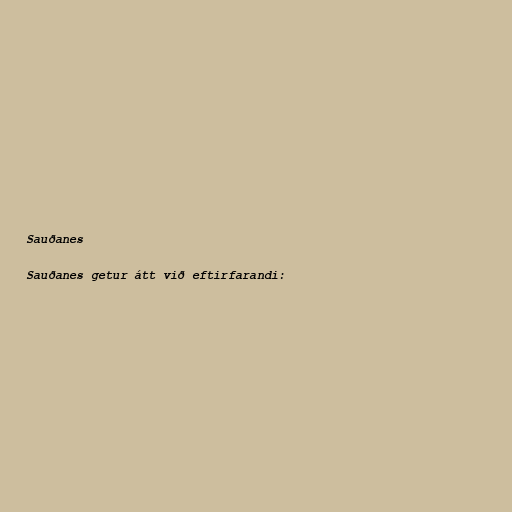
Sauðanes

Sauðanes getur átt við eftirfarandi: